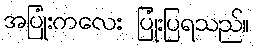
အပြုံးကလေး ပြုံးပြရသည်။